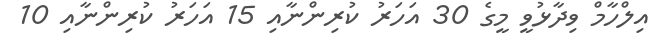
އިލްހާމް ވިދާޅުވީ މީގެ 30 އަހަރު ކުރިންނާއި 15 އަހަރު ކުރިންނާއި 10